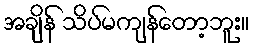
အချိန် သိပ်မကျန်တော့ဘူး။